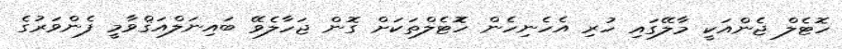
ހޮޓެލް ޖެންއަކީ މާލޭގައި ހުރި އެހެނިހެން ހޮޮޓެލްތަކަށް ގޮން ޖަހާލެވޭ ބައިނަލްއަޤްވާމީ ފެންވަރުގެ